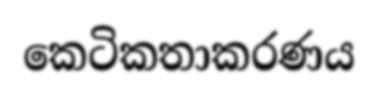
කෙටිකතාකරණය